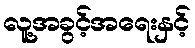
လူ့အခွင့်အရေးနှင့်